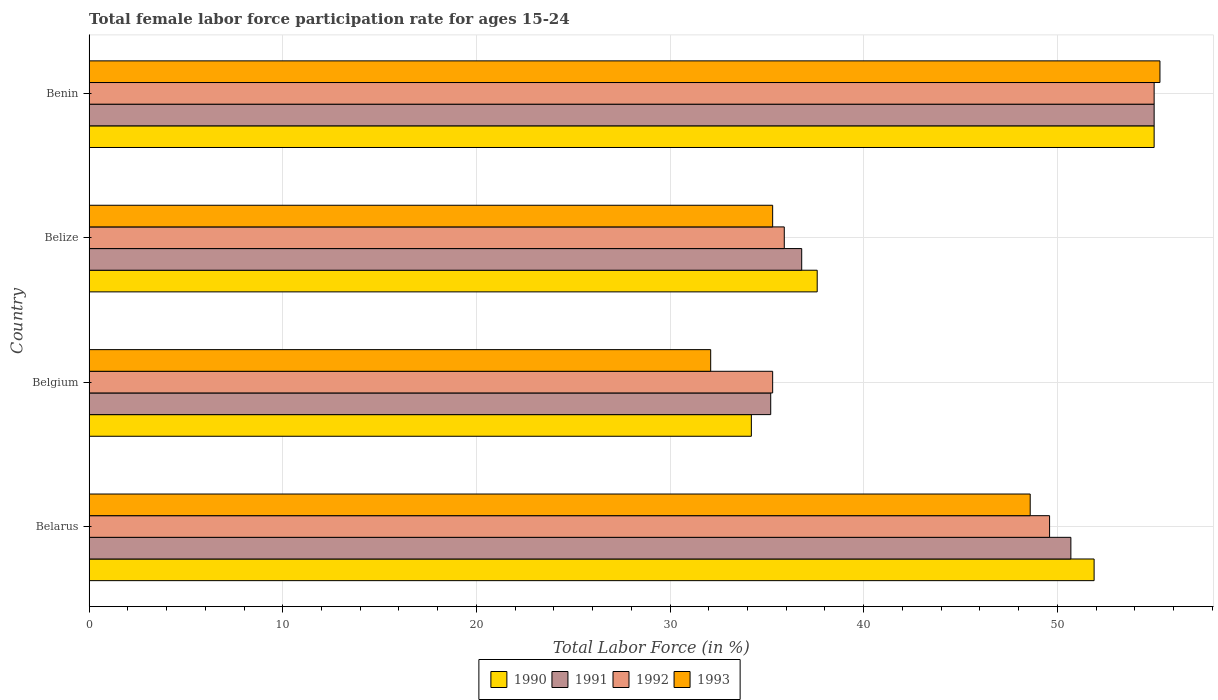
| Country | 1990 | 1991 | 1992 | 1993 |
 | --- | --- | --- | --- | --- |
 | Belarus | 51.9 | 50.7 | 49.6 | 48.6 |
 | Belgium | 34.2 | 35.2 | 35.3 | 32.1 |
 | Belize | 37.6 | 36.8 | 35.9 | 35.3 |
 | Benin | 55 | 55 | 55 | 55.3 |